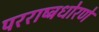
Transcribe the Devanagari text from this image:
परराष्ट्रधोरणे